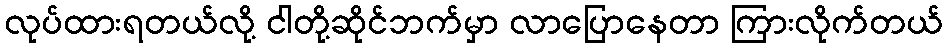
လုပ်ထားရတယ်လို့ ငါတို့ဆိုင်ဘက်မှာ လာပြောနေတာ ကြားလိုက်တယ်